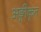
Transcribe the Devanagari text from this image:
अङ्गीकृत